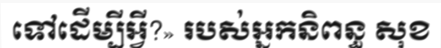
ទៅដើម្បីអ្វី?» របស់អ្នកនិពន្ធ សុខ